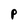
Character: P